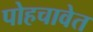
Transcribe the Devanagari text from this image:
पोहचावेत